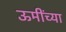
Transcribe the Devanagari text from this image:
ऊमींच्या